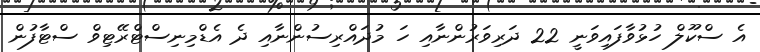
އެ ސްކޫލް ހުޅުވާފައިވަނީ 22 ދަރިވަރުންނާއި ހަ މުދައްރިސުންނާއި ދެ އެޑްމިނިސްޓްރޭޓިވް ސްޓާފުން